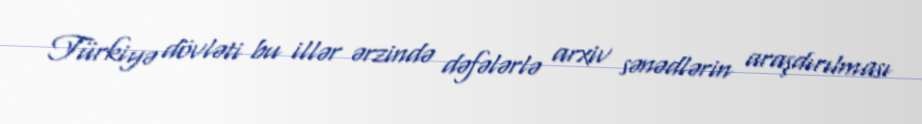
Türkiyə dövləti bu illər ərzində dəfələrlə arxiv sənədlərin araşdırılması